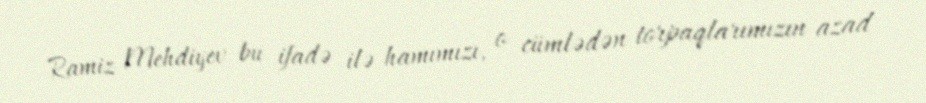
Ramiz Mehdiyev bu ifadə ilə hamımızı, o cümlədən torpaqlarımızın azad